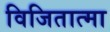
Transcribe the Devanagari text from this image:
विजितात्मा